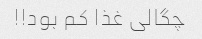
چگالی غذا کم بود!!